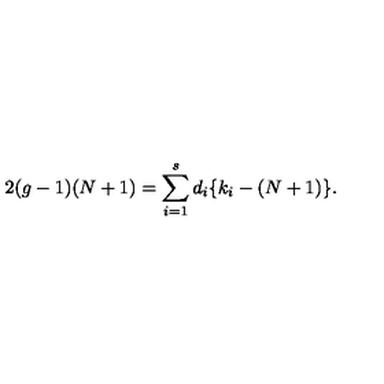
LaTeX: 2 ( g - 1 ) ( N + 1 ) = \sum _ { i = 1 } ^ { s } d _ { i } \{ k _ { i } - ( N + 1 ) \} .